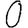
Digit: 0